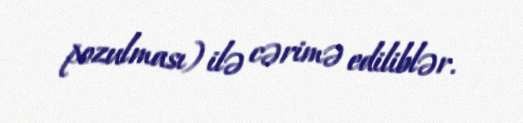
pozulması) ilə cərimə ediliblər.